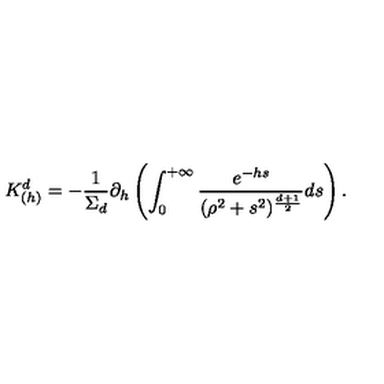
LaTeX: K _ { ( h ) } ^ { d } = - { \frac { 1 } { \Sigma _ { d } } } \partial _ { h } \left( \int _ { 0 } ^ { + \infty } { \frac { e ^ { - h s } } { ( \rho ^ { 2 } + s ^ { 2 } ) ^ { \frac { d + 1 } { 2 } } } } d s \right) .